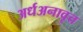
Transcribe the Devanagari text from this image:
अर्धअनावृत्त